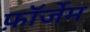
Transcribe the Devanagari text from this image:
फ़ॉर्जेम